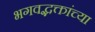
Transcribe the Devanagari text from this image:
भगवद्भक्तांच्या